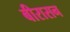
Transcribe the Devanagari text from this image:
बीरासन